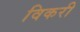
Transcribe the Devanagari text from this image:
विकरी